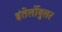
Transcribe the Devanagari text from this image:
इंतेर्लोबुलर